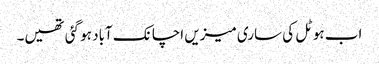
اب ہوٹل کی ساری میزیں اچانک آباد ہو گئی تھیں۔